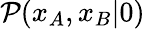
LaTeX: \mathcal{P}(x_{A},x_{B}\vert 0)